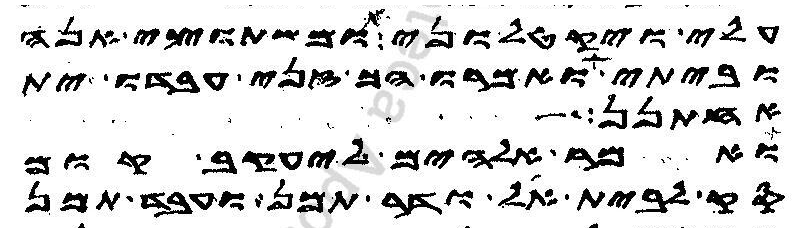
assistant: עלי ויקטלוני ומשתוצי אנה
וביתי ואמרו הך זני עבדו ית
אחתנן
ואמר אלהים ליעקב קום
סק לבית אל ודר תמן ועבד תמן